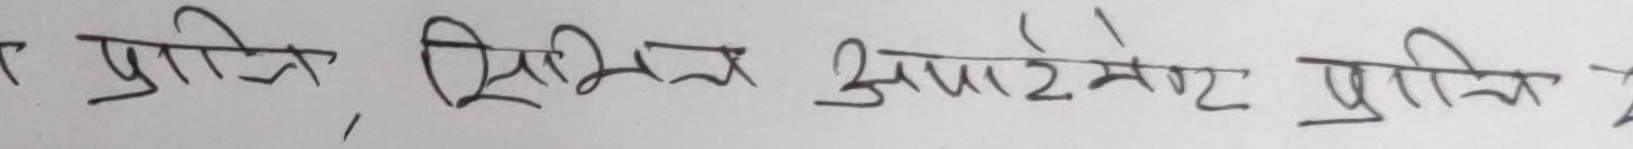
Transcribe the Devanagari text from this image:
प्राप्ति, विभिन्न अपार्टमेन्ट प्राप्ति २